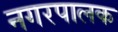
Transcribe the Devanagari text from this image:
नगरपालक